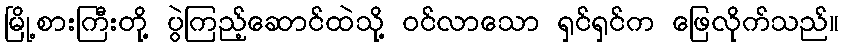
မြို့စားကြီးတို့ ပွဲကြည့်ဆောင်ထဲသို့ ဝင်လာသော ရှင်ရှင်က ဖြေလိုက်သည်။